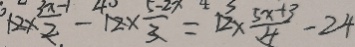
1 2 \times \frac { 3 x - 1 } { 2 } - 1 2 \times \frac { 5 - 2 x } { 3 } = 1 2 \times \frac { 5 x + 3 } { 4 } - 2 4